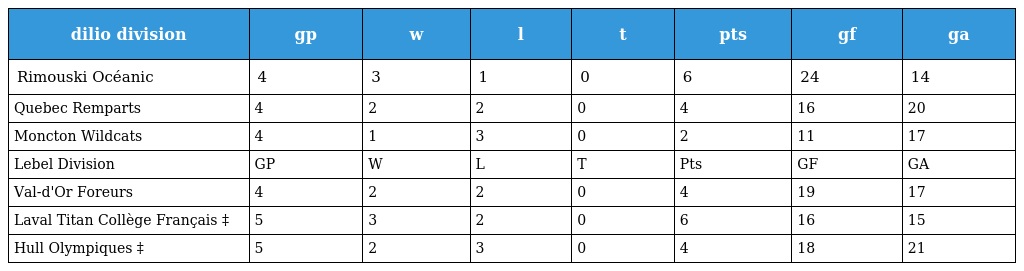
| dilio division | gp | w | l | t | pts | gf | ga |
 | --- | --- | --- | --- | --- | --- | --- | --- |
 | Rimouski Océanic | 4 | 3 | 1 | 0 | 6 | 24 | 14 |
 | Quebec Remparts | 4 | 2 | 2 | 0 | 4 | 16 | 20 |
 | Moncton Wildcats | 4 | 1 | 3 | 0 | 2 | 11 | 17 |
 | Lebel Division | GP | W | L | T | Pts | GF | GA |
 | Val-d'Or Foreurs | 4 | 2 | 2 | 0 | 4 | 19 | 17 |
 | Laval Titan Collège Français ‡ | 5 | 3 | 2 | 0 | 6 | 16 | 15 |
 | Hull Olympiques ‡ | 5 | 2 | 3 | 0 | 4 | 18 | 21 |